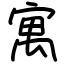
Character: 寓